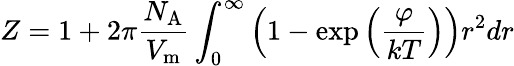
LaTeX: Z=1+2\pi{\frac{N_{\mathrm{A}}}{V_{\mathrm{m}}}}\int_{0}^{\infty}\left(1-\exp\left({\frac{\varphi}{kT}}\right)\right)r^{2}dr